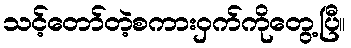
သင့်တော်တဲ့စကားဝှက်ကိုတွေ့ပြီ။